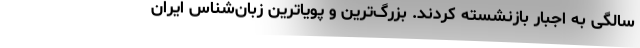
سالگی به اجبار بازنشسته کردند. بزرگ‌ترین و پویاترین زبان‌شناس ایران